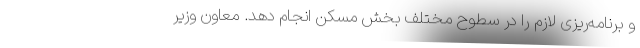
و برنامه‌ریزی لازم را در سطوح مختلف بخش مسکن انجام دهد. معاون وزیر